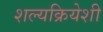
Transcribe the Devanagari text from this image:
शल्यक्रियेशी